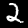
Digit: 2